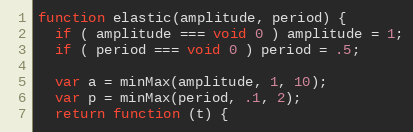
Language: JavaScript
function elastic(amplitude, period) {
  if ( amplitude === void 0 ) amplitude = 1;
  if ( period === void 0 ) period = .5;

  var a = minMax(amplitude, 1, 10);
  var p = minMax(period, .1, 2);
  return function (t) {